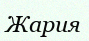
Жария